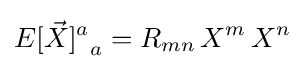
{E[{\vec {X}}]^{a}}_{a}=R_{mn}\,X^{m}\,X^{n}